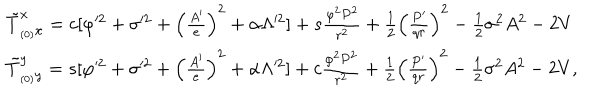
LaTeX: \begin{array} { l l } { { \tilde { T } _ { _ { ( 0 ) } x } ^ { x } = c [ \varphi ^ { 2 } + \sigma ^ { 2 } + \left( \frac { A ^ { \prime } } { e } \right) ^ { 2 } + \alpha \Lambda ^ { 2 } ] + s \frac { \varphi ^ { 2 } P ^ { 2 } } { r ^ { 2 } } + \frac { 1 } { 2 } \left( \frac { P ^ { \prime } } { q r } \right) ^ { 2 } - \frac { 1 } { 2 } \sigma ^ { 2 } A ^ { 2 } - 2 V } } \\ { { \tilde { T } _ { _ { ( 0 ) } y } ^ { y } = s [ \varphi ^ { 2 } + \sigma ^ { 2 } + \left( \frac { A ^ { \prime } } { e } \right) ^ { 2 } + \alpha \Lambda ^ { 2 } ] + c \frac { \varphi ^ { 2 } P ^ { 2 } } { r ^ { 2 } } + \frac { 1 } { 2 } \left( \frac { P ^ { \prime } } { q r } \right) ^ { 2 } - \frac { 1 } { 2 } \sigma ^ { 2 } A ^ { 2 } - 2 V , } } \\ \end{array}